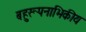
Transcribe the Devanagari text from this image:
बहुरूपनाभिकीय